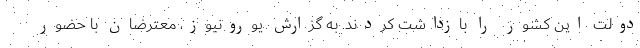
دولت این کشور را بازداشت کردند. به گزارش یورونیوز، معترضان با حضور